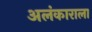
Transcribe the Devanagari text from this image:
अलंकाराला